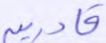
قادرين